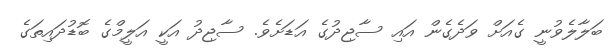
ބަލާލެވުނީ ގެއަށް ވަދެގެން އައި ސާޖިދުގެ އަޑަށެވެ. ސާޖިދު އަކީ އަލީމްގެ ބޮޑުދައިތަގެ